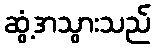
ဆွံ့အသွားသည်